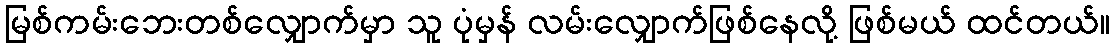
မြစ်ကမ်းဘေးတစ်လျှောက်မှာ သူ ပုံမှန် လမ်းလျှောက်ဖြစ်နေလို့ ဖြစ်မယ် ထင်တယ်။